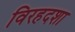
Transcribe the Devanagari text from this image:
विरहदशा